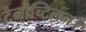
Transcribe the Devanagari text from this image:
टेनोच्टिलन।